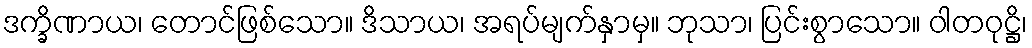
ဒက္ခိဏာယ၊ တောင်ဖြစ်သော။ ဒိသာယ၊ အရပ်မျက်နှာမှ။ ဘုသာ၊ ပြင်းစွာသော။ ဝါတဝုဋ္ဌိ၊